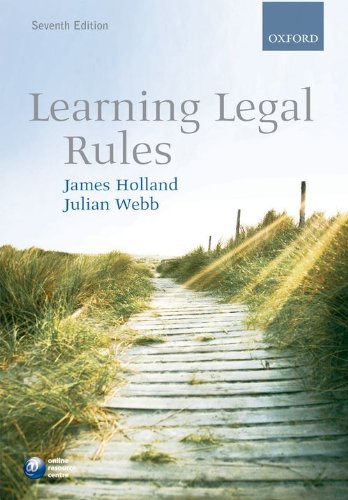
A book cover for Learning Legal Rules; James Holland; Law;